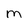
Character: m